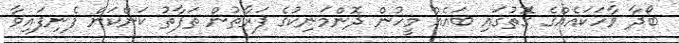
ބޯދާ ވާހަކައެއްގެ ގޮތުގައި ބައެއް މީހުން ދޮންމަނިކުގެ ފަރާތުން ތަފާތު ކަންކަން ފެނިފައިވާ